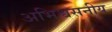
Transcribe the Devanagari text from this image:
अभिश्वसनीय